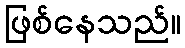
ဖြစ်နေသည်။